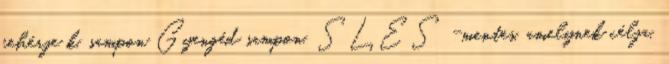
fehérje k. sampon Gyengéd sampon, SLES -mentes, amelynek célja,